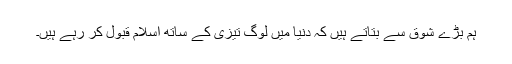
ہم بڑے شوق سے بتاتے ہیں کہ دنیا میں لوگ تیزی کے ساتھ اسلام قبول کر رہے ہیں۔